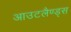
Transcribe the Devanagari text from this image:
आउटलैण्ड्स